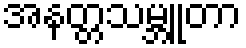
အနတ္တသမ္ဘူတာ